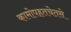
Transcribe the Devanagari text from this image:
कामोपहतचेतसे